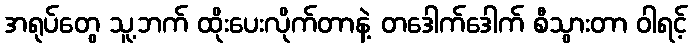
အရုပ်တွေ သူ့ဘက် ထိုးပေးလိုက်တာနဲ့ တဒေါက်ဒေါက် စီသွားတာ ဝါရင့်